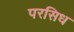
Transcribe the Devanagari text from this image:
परसिध